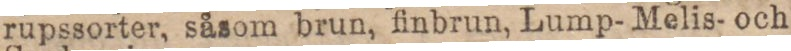
rupssorter, såsom brun, finbrun, Lump- Melis- och